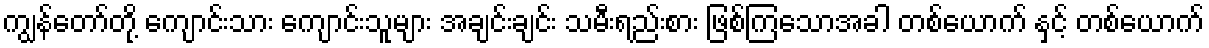
ကျွန်တော်တို့ ကျောင်းသား ကျောင်းသူများ အချင်းချင်း သမီးရည်းစား ဖြစ်ကြသောအခါ တစ်ယောက် နှင့် တစ်ယောက်